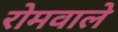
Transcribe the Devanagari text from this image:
रोमवाले